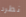
نطرد